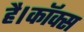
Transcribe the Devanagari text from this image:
है।कॉक्स